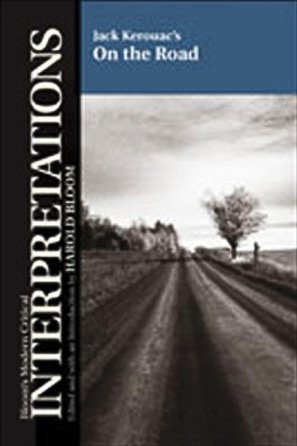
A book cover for On the Road (Bloom's Modern Critical Interpretations); Josso Zuba; Teen & Young Adult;